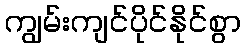
ကျွမ်းကျင်ပိုင်နိုင်စွာ